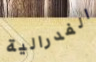
الفدرالية